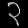
Digit: ၃